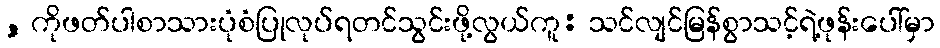
, ကိုဖတ်ပါစာသားပုံစံပြုလုပ်ရတင်သွင်းဖို့လွယ်ကူ: သင်လျင်မြန်စွာသင့်ရဲ့ဖုန်းပေါ်မှာ